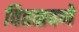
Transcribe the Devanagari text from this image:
वितळवणे